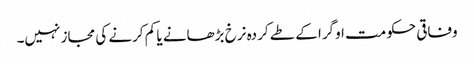
وفاقی حکومت اوگرا کے طے کردہ نرخ بڑھانے یا کم کرنے کی مجاز نہیں۔